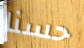
حسنا